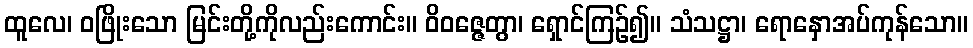
ထူလေ၊ ဝဖြိုးသော မြင်းတို့ကိုလည်းကောင်း။ ဝိဝဇ္ဇေတွာ၊ ရှောင်ကြဉ်၍။ သံသဋ္ဌာ၊ ရောနှောအပ်ကုန်သော။